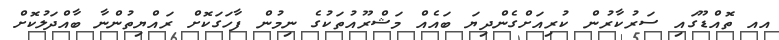
އއ ތޮއްޑޫގައި ސަރުކާރުން ކުރިއަށްގެންދިޔަ ބައެއް މަޝްރޫއުތަކުގެ ނިމުން ފާހަގަކޮށް ރައްޔިތުންނާ ބާއްދަލުކޮށް